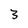
Character: 3